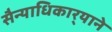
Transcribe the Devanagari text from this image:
सैन्याधिकार्‍याने